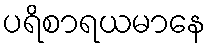
ပရိစာရယမာနေ